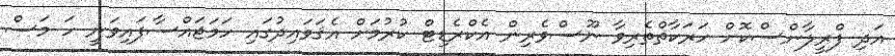
އަދި ފްރީލާންސްކޮށް ހަރަކާތްތެރިވާ ނޫސްވެރިން އެކްރެޑިޓް ކުރުމަށް އެޤަވައިދުގައި ހަމަޖައްސާފައިވަނީ ހަ މަސް